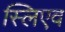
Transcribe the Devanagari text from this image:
स्लिएव